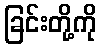
ခြင်းတို့ကို